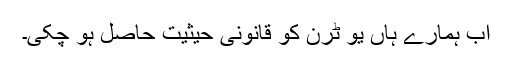
اب ہمارے ہاں یو ٹرن کو قانونی حیثیت حاصل ہو چکی۔